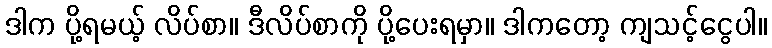
ဒါက ပို့ရမယ့် လိပ်စာ။ ဒီလိပ်စာကို ပို့ပေးရမှာ။ ဒါကတော့ ကျသင့်ငွေပါ။